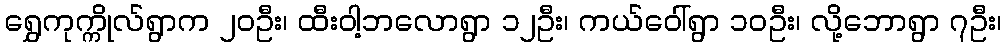
ရွှေကုက္ကိုလ်ရွာက ၂၀ဦး၊ ထီးဝါ့ဘလောရွာ ၁၂ဦး၊ ကယ်ဝေါ်ရွာ ၁၀ဦး၊ လို့ဘောရွာ ၇ဦး၊